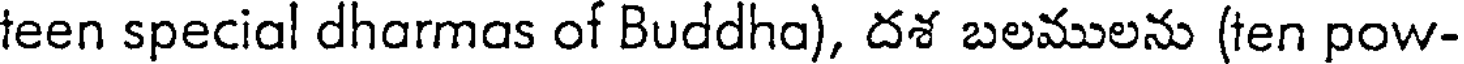
teen special dharmas of Buddha), దశ బలములను (ten pow-